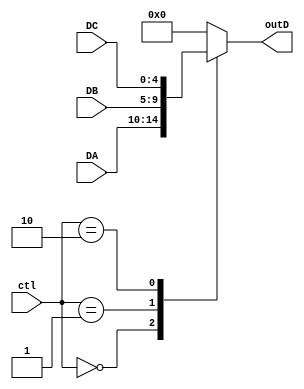
module mux5bits (ctl, DA, DB, DC, outD);
	input [1:0] ctl;
	input [4:0] DA, DB, DC;
	output reg [4:0] outD;
	
	always @ (*) begin
		case (ctl) 
			2'b00: outD = DA;
			2'b01: outD = DB;
			2'b10: outD = DC;
			default: outD = 0;
		endcase
	end
endmodule